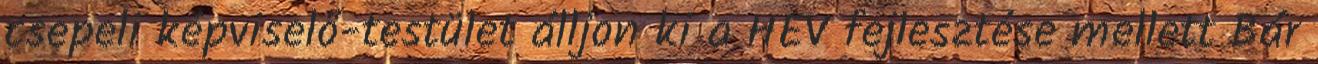
csepeli képviselő-testület álljon ki a HÉV fejlesztése mellett Bár